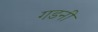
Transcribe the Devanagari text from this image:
गडनी